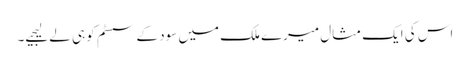
اس کی ایک مثال میرے ملک میں سود کے سسٹم کو ہی لے لیجیے۔